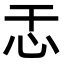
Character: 𫹯